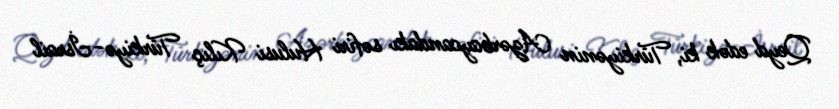
Qeyd edək ki, Türkiyənin Azərbaycandakı səfiri Hulusi Kılıç Türkiyə-İsrail